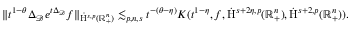
\begin{array} { r } { \lVert t ^ { 1 - \theta } \Delta _ { \mathcal { D } } e ^ { t \Delta _ { \mathcal { D } } } f \rVert _ { \dot { \mathrm { H } } ^ { s , p } ( \mathbb { R } _ { + } ^ { n } ) } \lesssim _ { p , n , s } t ^ { - ( \theta - \eta ) } K ( t ^ { 1 - \eta } , f , \dot { \mathrm { H } } ^ { s + 2 \eta , p } ( \mathbb { R } _ { + } ^ { n } ) , \dot { \mathrm { H } } ^ { s + 2 , p } ( \mathbb { R } _ { + } ^ { n } ) ) \mathrm { . ~ } } \end{array}